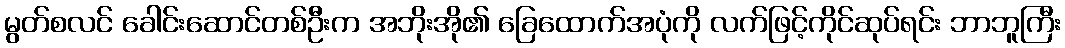
မွတ်စလင် ခေါင်းဆောင်တစ်ဦးက အဘိုးအို၏ ခြေထောက်အပုံကို လက်ဖြင့်ကိုင်ဆုပ်ရင်း ဘာဘူကြီး